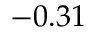
- 0 . 3 1